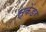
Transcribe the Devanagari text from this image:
स्केंडर